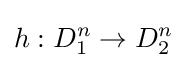
h:D_{1}^{n}\rightarrow D_{2}^{n}